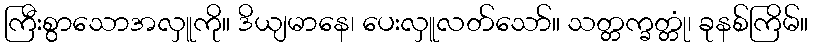
ကြီးစွာသောအလှူကို။ ဒိယျမာနေ၊ ပေးလှူလတ်သော်။ သတ္တက္ခတ္တုံ၊ ခုနစ်ကြိမ်။